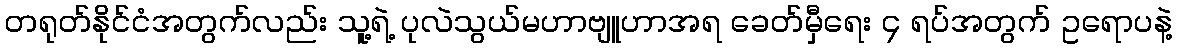
တရုတ်နိုင်ငံအတွက်လည်း သူ့ရဲ့ ပုလဲသွယ်မဟာဗျူဟာအရ ခေတ်မှီရေး ၄ ရပ်အတွက် ဥရောပနဲ့